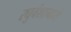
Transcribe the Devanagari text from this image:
रघुवंशामध्ये